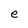
Character: e